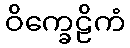
ဝိက္ခေဠိကံ